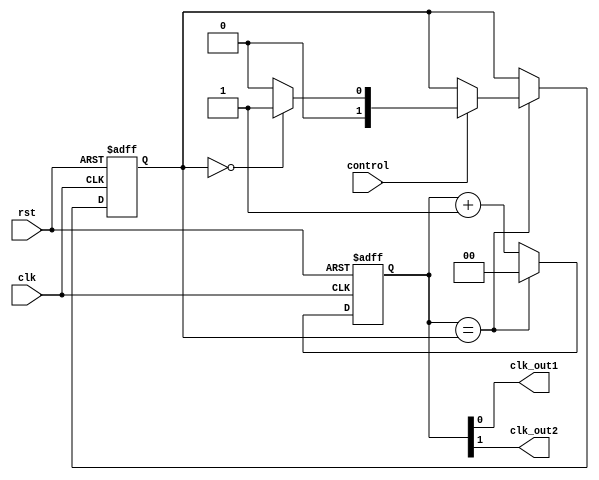
module dual_modulus_clock_divider (
    input clk,
    input rst,
    input control,
    output reg clk_out1,
    output reg clk_out2
);

reg [1:0] count;
reg [1:0] modulus;

always @(posedge clk or posedge rst) begin
    if (rst) begin
        count <= 2'b00;
        modulus <= 2'b00;
    end else begin
        count <= count + 1;
        if (count == modulus) begin
            count <= 2'b00;
            if (control) begin
                if (modulus == 2'b00)
                    modulus <= 2'b01;
                else
                    modulus <= 2'b00;
            end
        end
    end
end

assign clk_out1 = count[0];
assign clk_out2 = count[1];

endmodule